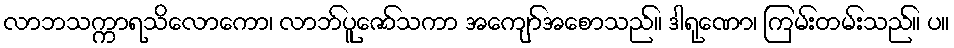
လာဘသက္ကာရသိလောကော၊ လာဘ်ပူဇော်သကာ အကျော်အစောသည်။ ဒါရုဏော၊ ကြမ်းတမ်းသည်။ ပ။